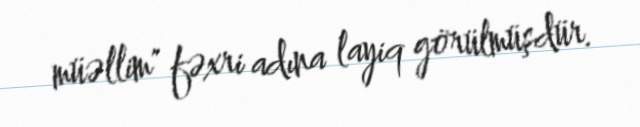
müəllim" fəxri adına layiq görülmüşdür.